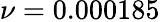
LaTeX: \nu=0.000185